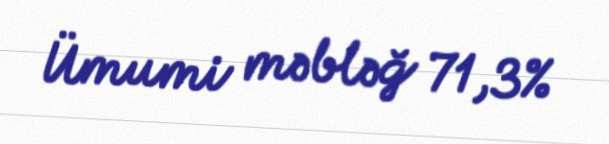
Ümumi məbləğ 71,3%